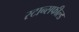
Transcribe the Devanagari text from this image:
स्टान्सफील्ड